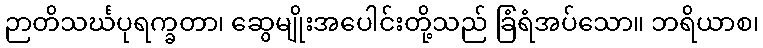
ဉာတိသင်္ဃပုရက္ခတာ၊ ဆွေမျိုးအပေါင်းတို့သည် ခြံရံအပ်သော။ ဘရိယာစ၊